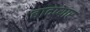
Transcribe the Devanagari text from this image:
बादप्यार